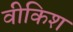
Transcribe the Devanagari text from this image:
वीकिश